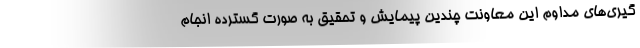
گیری‌های مداوم این معاونت چندین پیمایش و تحقیق به صورت گسترده انجام